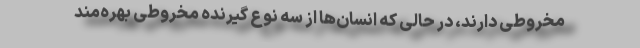
مخروطی دارند، در حالی که انسان‌ها از سه نوع گیرنده مخروطی بهره‌مند